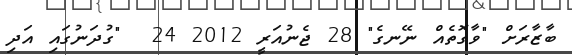
ބާޒާރަށް "ވާގޮތެއް ނޭނގެ" 28 ޖެނުއަރީ 2012 24  "ގުދަނުގައި އަދި